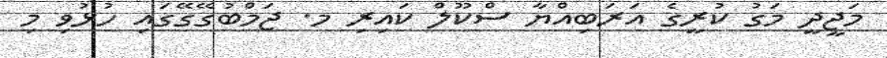
މަޖީދީ މަގު ކުރީގެ އަރަބިއްޔާ ސްކޫލް ކައިރި މ. ޖަމްބުގޭގޭގައި ހުޅުވި މި